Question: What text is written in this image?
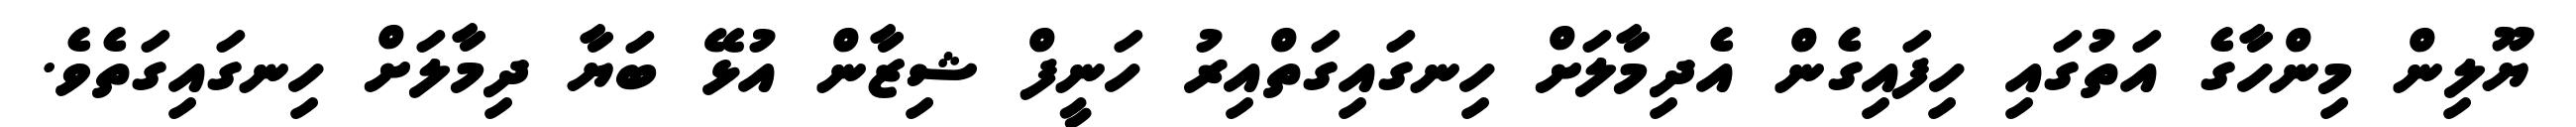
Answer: ޔޫލިން މިންހާގެ އަތުގައި ހިފައިގެން އެދިމާލަށް ހިނގައިގަތްއިރު ހަނީފް ޝިޒާން އުޅޭ ބަޔާ ދިމާލަށް ހިނގައިގަތެވެ.